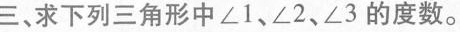
三、求下列三角形中∠1、∠2、∠3的度数。